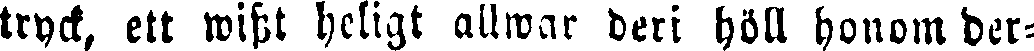
tryck, ett wisst heligt allwar den höll honom der-